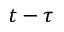
t - \tau